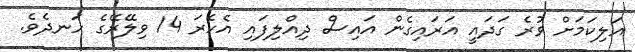
އަލިކަމަށް ވުރެ ގަދައީ އަރައިގެން އައިސް ދިއްލިފައި އެހެރަ 14 ވިލޭރޭގެ ހަނދެވެ.